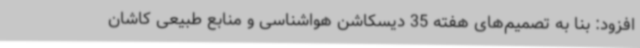
افزود: بنا به تصمیم‌های هفته 35 دیسکاشن هواشناسی و منابع طبیعی کاشان